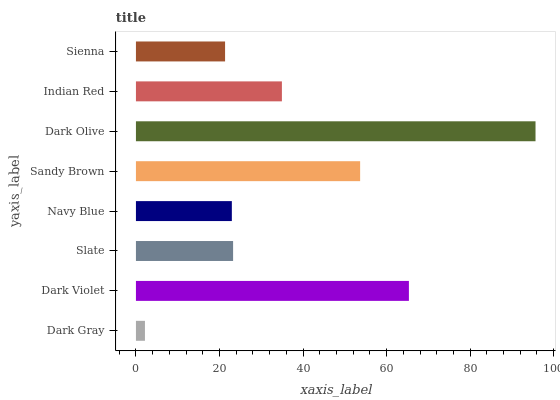
| yaxis_label | bars |
 | --- | --- |
 | Dark Gray | 2.16 |
 | Dark Violet | 65.3 |
 | Slate | 23.3 |
 | Navy Blue | 23 |
 | Sandy Brown | 53.7 |
 | Dark Olive | 95.6 |
 | Indian Red | 34.9 |
 | Sienna | 21.3 |